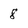
Character: 8